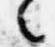
々